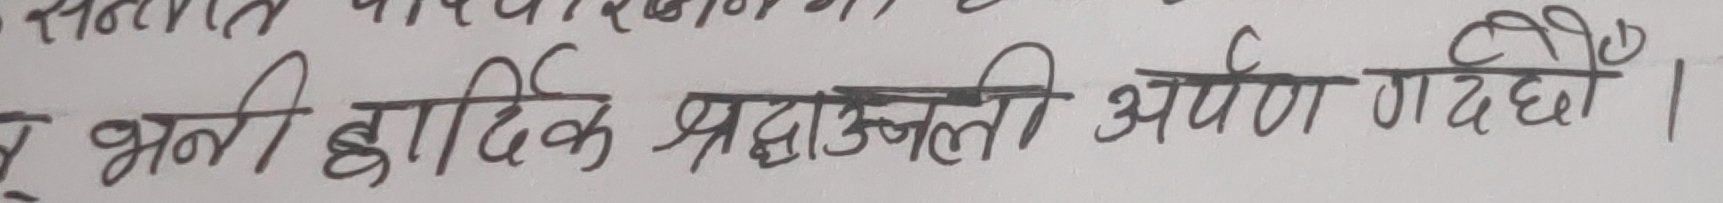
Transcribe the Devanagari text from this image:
र भनी हार्दिक श्रद्धाञ्जली अर्पण गर्दछौ ।